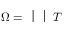
\smash { \Omega = \bigcup _ { T \in \mathcal { T } _ { h } } T }